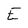
Character: E